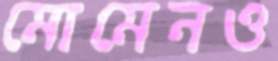
মোমেনও